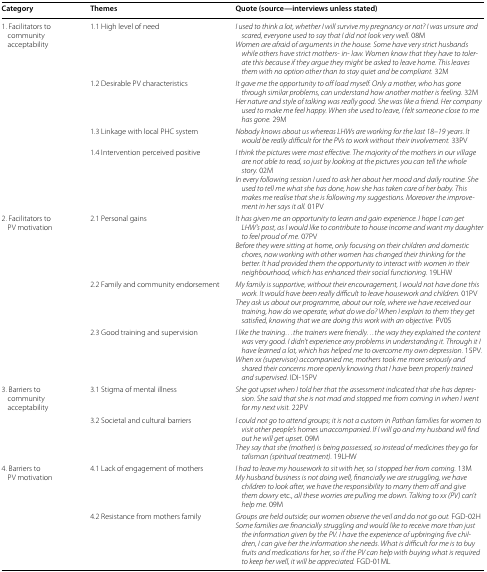
<table><thead><tr><td><b>Category</b></td><td><b>Themes</b></td><td><b>Quote (source—interviews unless stated)</b></td></tr></thead><tbody><tr><td rowspan="4">1. Facilitators to community acceptability</td><td>1.1 High level of need</td><td><i>I used to think a lot, whether I will survive my pregnancy or not? I was unsure and scared, everyone used to say that I did not look very well.</i> 08M<i>Women are afraid of arguments in the house. Some have very strict husbands while others have strict mothers</i>- <i>in</i>- <i>law. Women know that they have to tolerate this because if they argue they might be asked to leave home. This leaves them with no option other than to stay quiet and be compliant.</i> 32M</td></tr><tr><td>1.2 Desirable PV characteristics</td><td><i>It gave me the opportunity to off load myself. Only a mother, who has gone through similar problems, can understand how another mother is feeling.</i> 32M<i>Her nature and style of talking was really good. She was like a friend. Her company used to make me feel happy. When she used to leave, I felt someone close to me has gone.</i> 29M</td></tr><tr><td>1.3 Linkage with local PHC system</td><td><i>Nobody knows about us whereas LHWs are working for the last 18</i>–<i>19</i> <i>years. It would be really difficult for the PVs to work without their involvement.</i> 33PV</td></tr><tr><td>1.4 Intervention perceived positive</td><td><i>I think the pictures were most effective. The majority of the mothers in our village are not able to read, so just by looking at the pictures you can tell the whole story.</i> 02M<i>In every following session I used to ask her about her mood and daily routine. She used to tell me what she has done, how she has taken care of her baby. This makes me realise that she is following my suggestions. Moreover the improvement in her says it all.</i> 01PV</td></tr><tr><td rowspan="3">2. Facilitators to PV motivation</td><td>2.1 Personal gains</td><td><i>It has given me an opportunity to learn and gain experience. I hope I can get LHW’s post, as I would like to contribute to house income and want my daughter to feel proud of me.</i> 07PV<i>Before they were sitting at home, only focusing on their children and domestic chores, now working with other women has changed their thinking for the better. It had provided them the opportunity to interact with women in their neighbourhood, which has enhanced their social functioning.</i> 19LHW</td></tr><tr><td>2.2 Family and community endorsement</td><td><i>My family is supportive, without their encouragement, I would not have done this work. It would have been really difficult to leave housework and children.</i> 01PV<i>They ask us about our programme, about our role, where we have received our training, how do we operate, what do we do? When I explain to them they get satisfied, knowing that we are doing this work with an objective.</i> PV05</td></tr><tr><td>2.3 Good training and supervision</td><td><i>I like the training...the trainers were friendly...the way they explained the content was very good. I didn’t experience any problems in understanding it. Through it I have learned a lot, which has helped me to overcome my own depression.</i> 15PV.<i>When xx (supervisor) accompanied me, mothers took me more seriously and shared their concerns more openly knowing that I have been properly trained and supervised.</i> IDI-15PV</td></tr><tr><td rowspan="2">3. Barriers to community acceptability</td><td>3.1 Stigma of mental illness</td><td><i>She got upset when I told her that the assessment indicated that she has depression. She said that she is not mad and stopped me from coming in when I went for my next visit.</i> 22PV</td></tr><tr><td>3.2 Societal and cultural barriers</td><td><i>I could not go to attend groups; it is not a custom in Pathan families for women to visit other people’s homes unaccompanied. If I will go and my husband will find out he will get upset.</i> 09M<i>They say that she (mother) is being possessed, so instead of medicines they go for talisman (spiritual treatment).</i> 19LHW</td></tr><tr><td rowspan="2">4. Barriers to PV motivation</td><td>4.1 Lack of engagement of mothers</td><td><i>I had to leave my housework to sit with her, so I stopped her from coming.</i> 13M<i>My husband business is not doing well, financially we are struggling, we have children to look after, we have the responsibility to marry them off and give them dowry</i> etc<i>., all these worries are pulling me down. Talking to xx (PV) can’t help me.</i> 09M</td></tr><tr><td>4.2 Resistance from mothers family</td><td><i>Groups are held outside; our women observe the veil and do not go out.</i> FGD-02H<i>Some families are financially struggling and would like to receive more than just the information given by the PV. I have the experience of upbringing five children, I can give her the information she needs. What is difficult for me is to buy fruits and medications for her, so if the PV can help with buying what is required to keep her well, it will be appreciated.</i> FGD-01ML</td></tr></tbody></table>